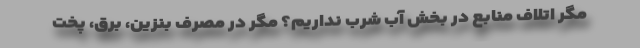
مگر اتلاف منابع در بخش آب شرب نداریم؟ مگر در مصرف بنزین، برق، پخت